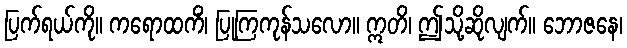
ပြက်ရယ်ကို။ ကရောထကိံ၊ ပြုကြကုန်သလော။ ဣတိ၊ ဤသို့ဆိုလျက်။ ဘောဇနေ၊